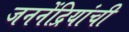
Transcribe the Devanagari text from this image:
जननेंद्रियांची